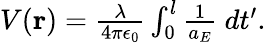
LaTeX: \begin{array}{r}{V(\mathbf{r})=\frac{\lambda}{4\pi\epsilon_{0}}\int_{0}^{l}\frac{1}{a_{E}}\ dt^{\prime}.}\end{array}